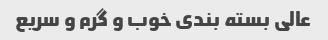
عالی بسته بندی خوب و گرم و سریع